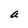
Character: a